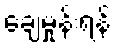
ချေမှုန်းရန်